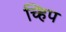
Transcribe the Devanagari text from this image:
च्हिप